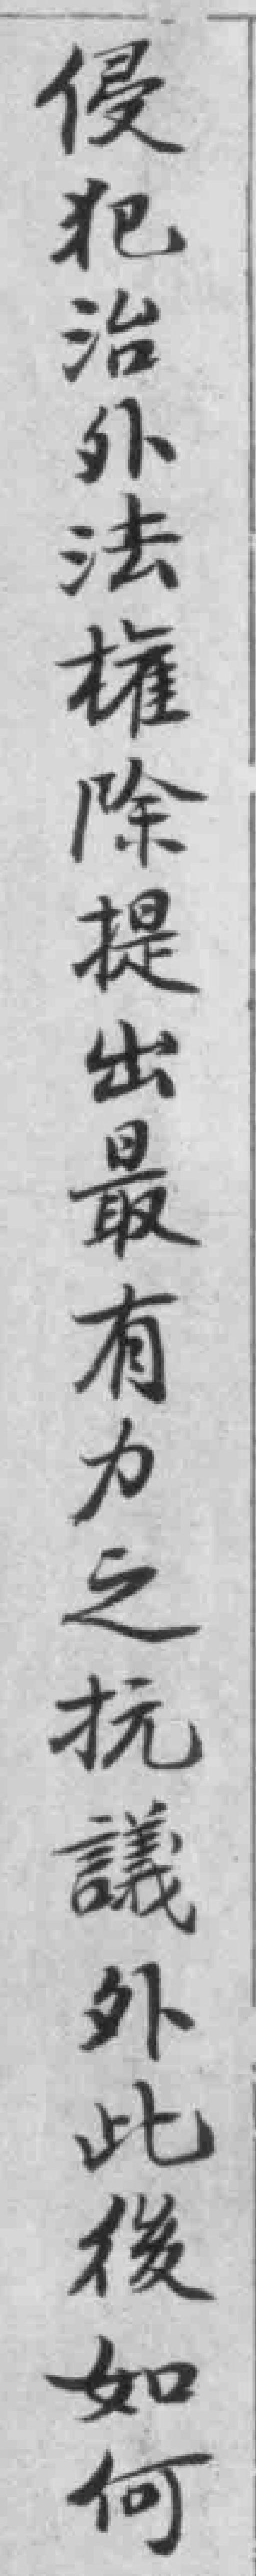
侵犯治外法権除提出最有力之抗議外此後如何